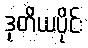
ဒုတိယပိုင်း